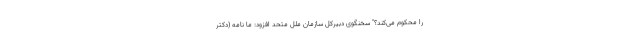
را محکوم می‌کند؟" سخنگوی دبیرکل سازمان ملل متحد افزود: ما نامه (دکتر